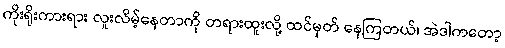
ကိုးရိုးကားရား လူးလိမ့်နေတာကို တရားထူးလို့ ထင်မှတ် နေကြတယ်၊ အဲဒါကတော့